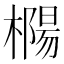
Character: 𰘲